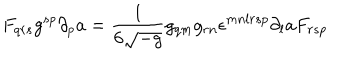
F _ { q r s } g ^ { s p } \partial _ { p } a = { \frac { 1 } { 6 \sqrt { - g } } } g _ { q m } g _ { r n } \epsilon ^ { m n l r s p } \partial _ { l } a F _ { r s p }